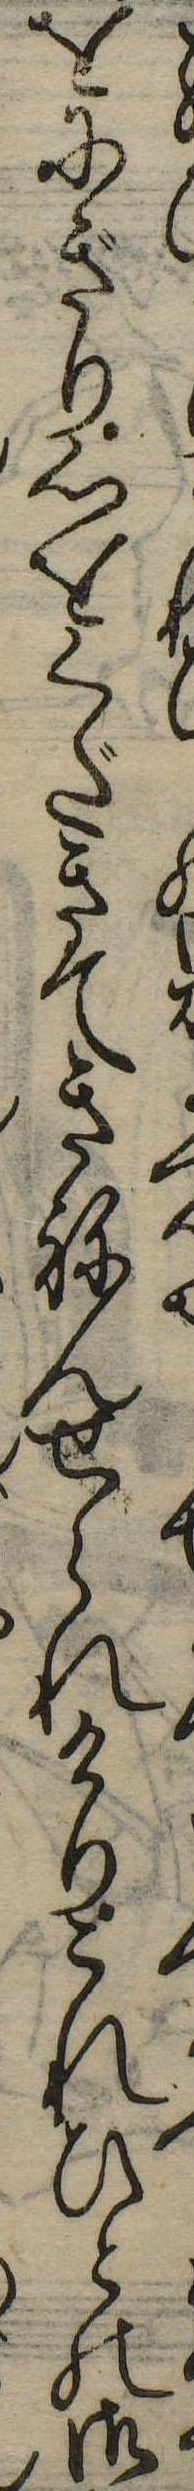
をにぎり心をくだきてきねんせられけりこれひとの御